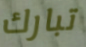
تبارك